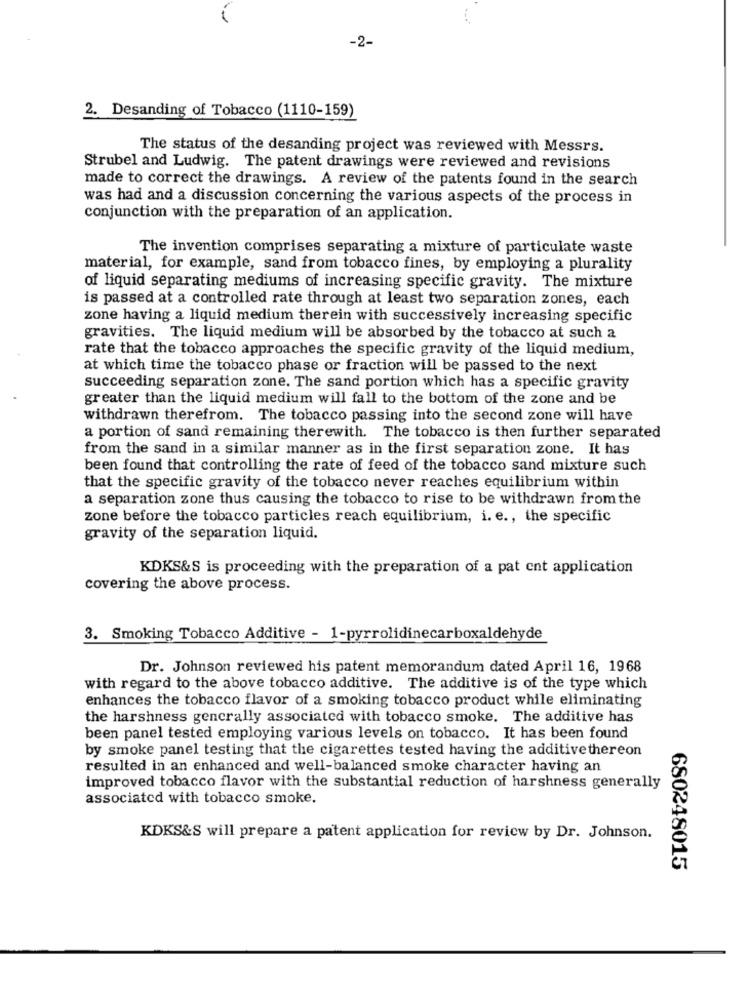
-2-
2. Desanding of Tobacco (1110-159)
The status of the desanding project was reviewed with Messrs.
Strubel and Ludwig. The patent drawings were reviewed and revisions
made to correct the drawings. A review of the patents found in the search
was had and a discussion concerning the various aspects of the process in
conjunction with the preparation of an application.
The invention comprises separating a mixture of particulate waste
material, for example, sand from tobacco fines, by employing a plurality
of liquid separating mediums of increasing specific gravity. The mixture
is passed at a controlled rate through at least two separation zones, each
zone having a liquid medium therein with successively increasing specific
gravities. The liquid medium will be absorbed by the tobacco at such a
rate that the tobacco approaches the specific gravity of the liquid medium,
at which time the tobacco phase or fraction will be passed to the next
succeeding separation zone. The sand portion which has a specific gravity
greater than the liquid medium will fall to the bottom of the zone and be
withdrawn therefrom. The tobacco passing into the second zone will have
a portion of sand remaining therewith. The tobacco is then further separated
from the sand in a similar manner as in the first separation zone. It has
been found that controlling the rate of feed of the tobacco sand mixture such
that the specific gravity of the tobacco never reaches equilibrium within
a separation zone thus causing the tobacco to rise to be withdrawn from the
zone before the tobacco particles reach equilibrium, i. e ., the specific
gravity of the separation liquid.
KDKS&S is proceeding with the preparation of a pat ent application
covering the above process.
3. Smoking Tobacco Additive - 1-pyrrolidinecarboxaldehyde
Dr. Johnson reviewed his patent memorandum dated April 16, 1968
with regard to the above tobacco additive. The additive is of the type which
enhances the tobacco flavor of a smoking tobacco product while eliminating
the harshness generally associated with tobacco smoke. The additive has
been panel tested employing various levels on tobacco. It has been found
by smoke panel testing that the cigarettes tested having the additive thereon
resulted in an enhanced and well-balanced smoke character having an
improved tobacco flavor with the substantial reduction of harshness generally
associated with tobacco smoke.
KDKS&S will prepare a patent application for review by Dr. Johnson.
680248015